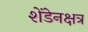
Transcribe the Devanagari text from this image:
शेंडेनक्षत्र